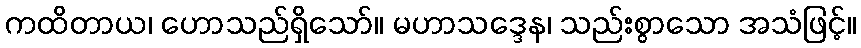
ကထိတာယ၊ ဟောသည်ရှိသော်။ မဟာသဒ္ဒေန၊ သည်းစွာသော အသံဖြင့်။